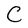
Character: C